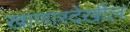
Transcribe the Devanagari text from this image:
खाणारदेखील